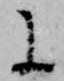
に